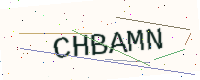
Text: CHBAMN